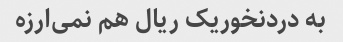
به دردنخوریک ریال هم نمی‌ارزه